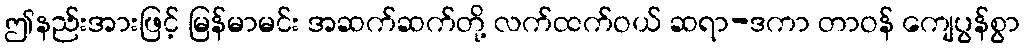
ဤနည်းအားဖြင့် မြန်မာမင်း အဆက်ဆက်တို့ လက်ထက်ဝယ် ဆရာ-ဒကာ တာဝန် ကျေပွန်စွာ